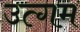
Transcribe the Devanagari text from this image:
उत्गम